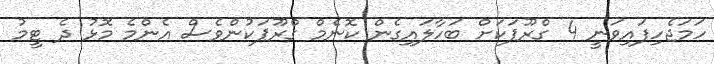
ހަމަޖެހިފައިވަނީ 4 ގްރޫޕަކަށް ބަހާލައިގެން ކޮނެމް ގްރޫޕަކުންވެސް އެންމެ މޮޅު ދެ ޓީމު